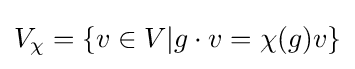
V_{\chi }=\{v\in V|g\cdot v=\chi (g)v\}